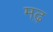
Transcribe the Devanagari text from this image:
मढ़़